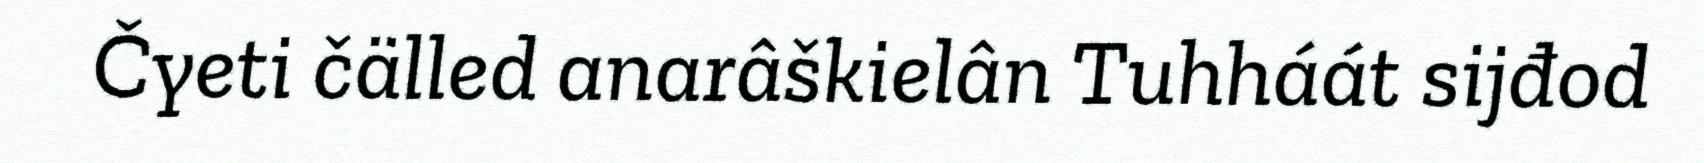
Čyeti čälled anarâškielân Tuhháát sijđod